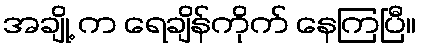
အချို့ က ရေချိန်ကိုက် နေကြပြီ။